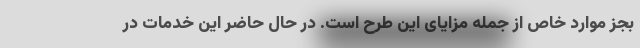
بجز موارد خاص از جمله مزایای این طرح است. در حال حاضر این خدمات در